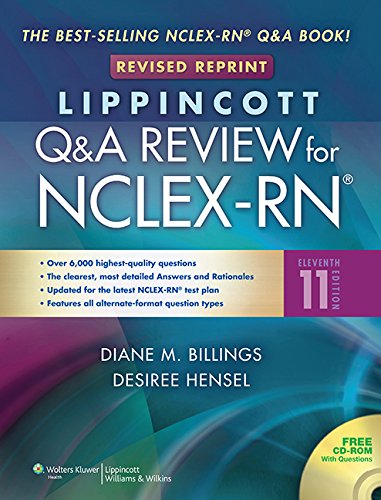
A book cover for Lippincott's Q&A Review for NCLEX-RN; Diane Billings EdD  RN  FAAN; Test Preparation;